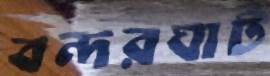
বন্দরঘাট